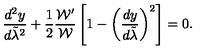
{ \frac { d ^ { 2 } y } { d \tilde { \lambda } ^ { 2 } } } + { \frac { 1 } { 2 } } { \frac { { \cal W } ^ { \prime } } { \cal W } } \left[ 1 - \left( { \frac { d y } { d \tilde { \lambda } } } \right) ^ { 2 } \right] = 0 .